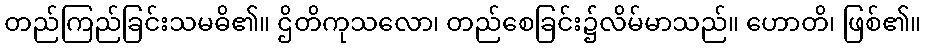
တည်ကြည်ခြင်းသမဓိ၏။ ဌိတိကုသလော၊ တည်စေခြင်း၌လိမ်မာသည်။ ဟောတိ၊ ဖြစ်၏။